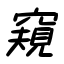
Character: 窺